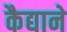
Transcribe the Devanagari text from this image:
कैद्याने